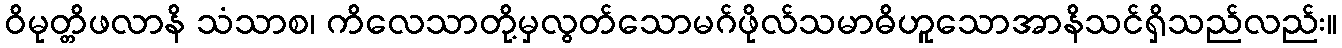
ဝိမုတ္တိဖလာနိ သံသာစ၊ ကိလေသာတို့မှလွတ်သောမဂ်ဖိုလ်သမာဓိဟူသောအာနိသင်ရှိသည်လည်း။